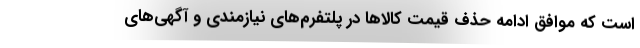
است که موافق ادامه حذف قیمت کالا‌ها در پلتفرم‌های نیازمندی و آگهی‌های